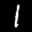
Label: 1